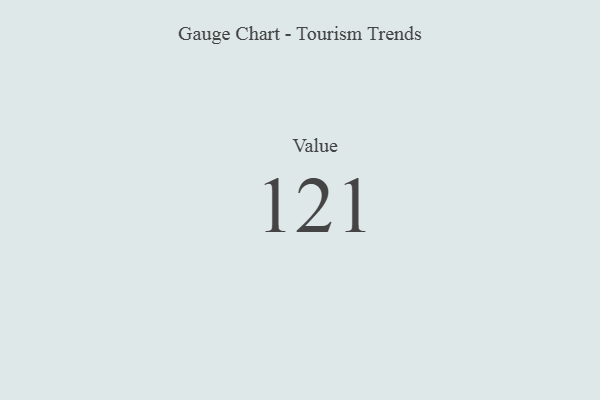
{"axis": {"x": "Metric", "y": "Value"}, "legend": [""], "data": [{"x": "Value", "y": 121, "type": ""}]}